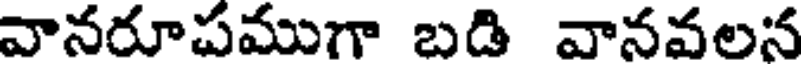
వానరూపముగా బడి వానవలన